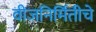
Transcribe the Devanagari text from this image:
वीजनिर्मितीचे